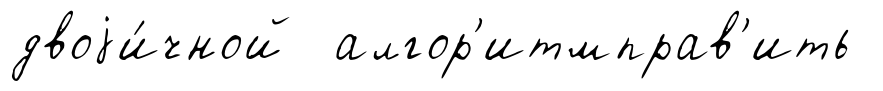
двоjи́чной алгор'итмправ'ить